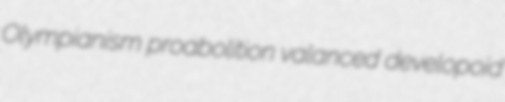
Olympianism proabolition valanced developoid